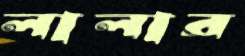
লালার